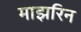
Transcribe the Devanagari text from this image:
माझरिन